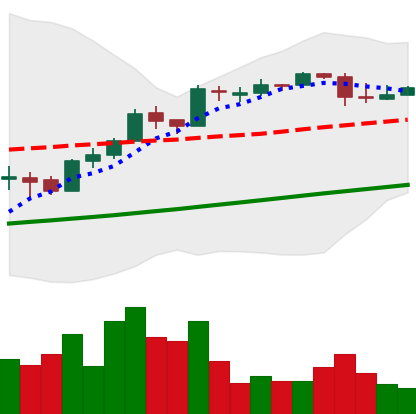
Ticker: BTC-USD
Chart end date: 2017-04-16
Forward return: 3.306%
Label: up_3_5